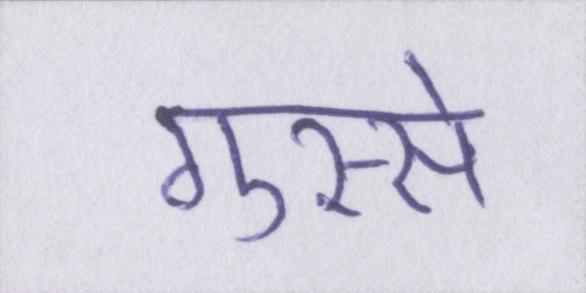
गुस्से